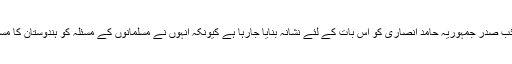
ملک کے نائب صدر جمہوریہ حامد انصاری کو اس بات کے لئے نشانہ بنایا جارہا ہے کیونکہ انہوں نے مسلمانوں کے مسئلہ کو ہندوستان کا مسئلہ قرار دیا۔